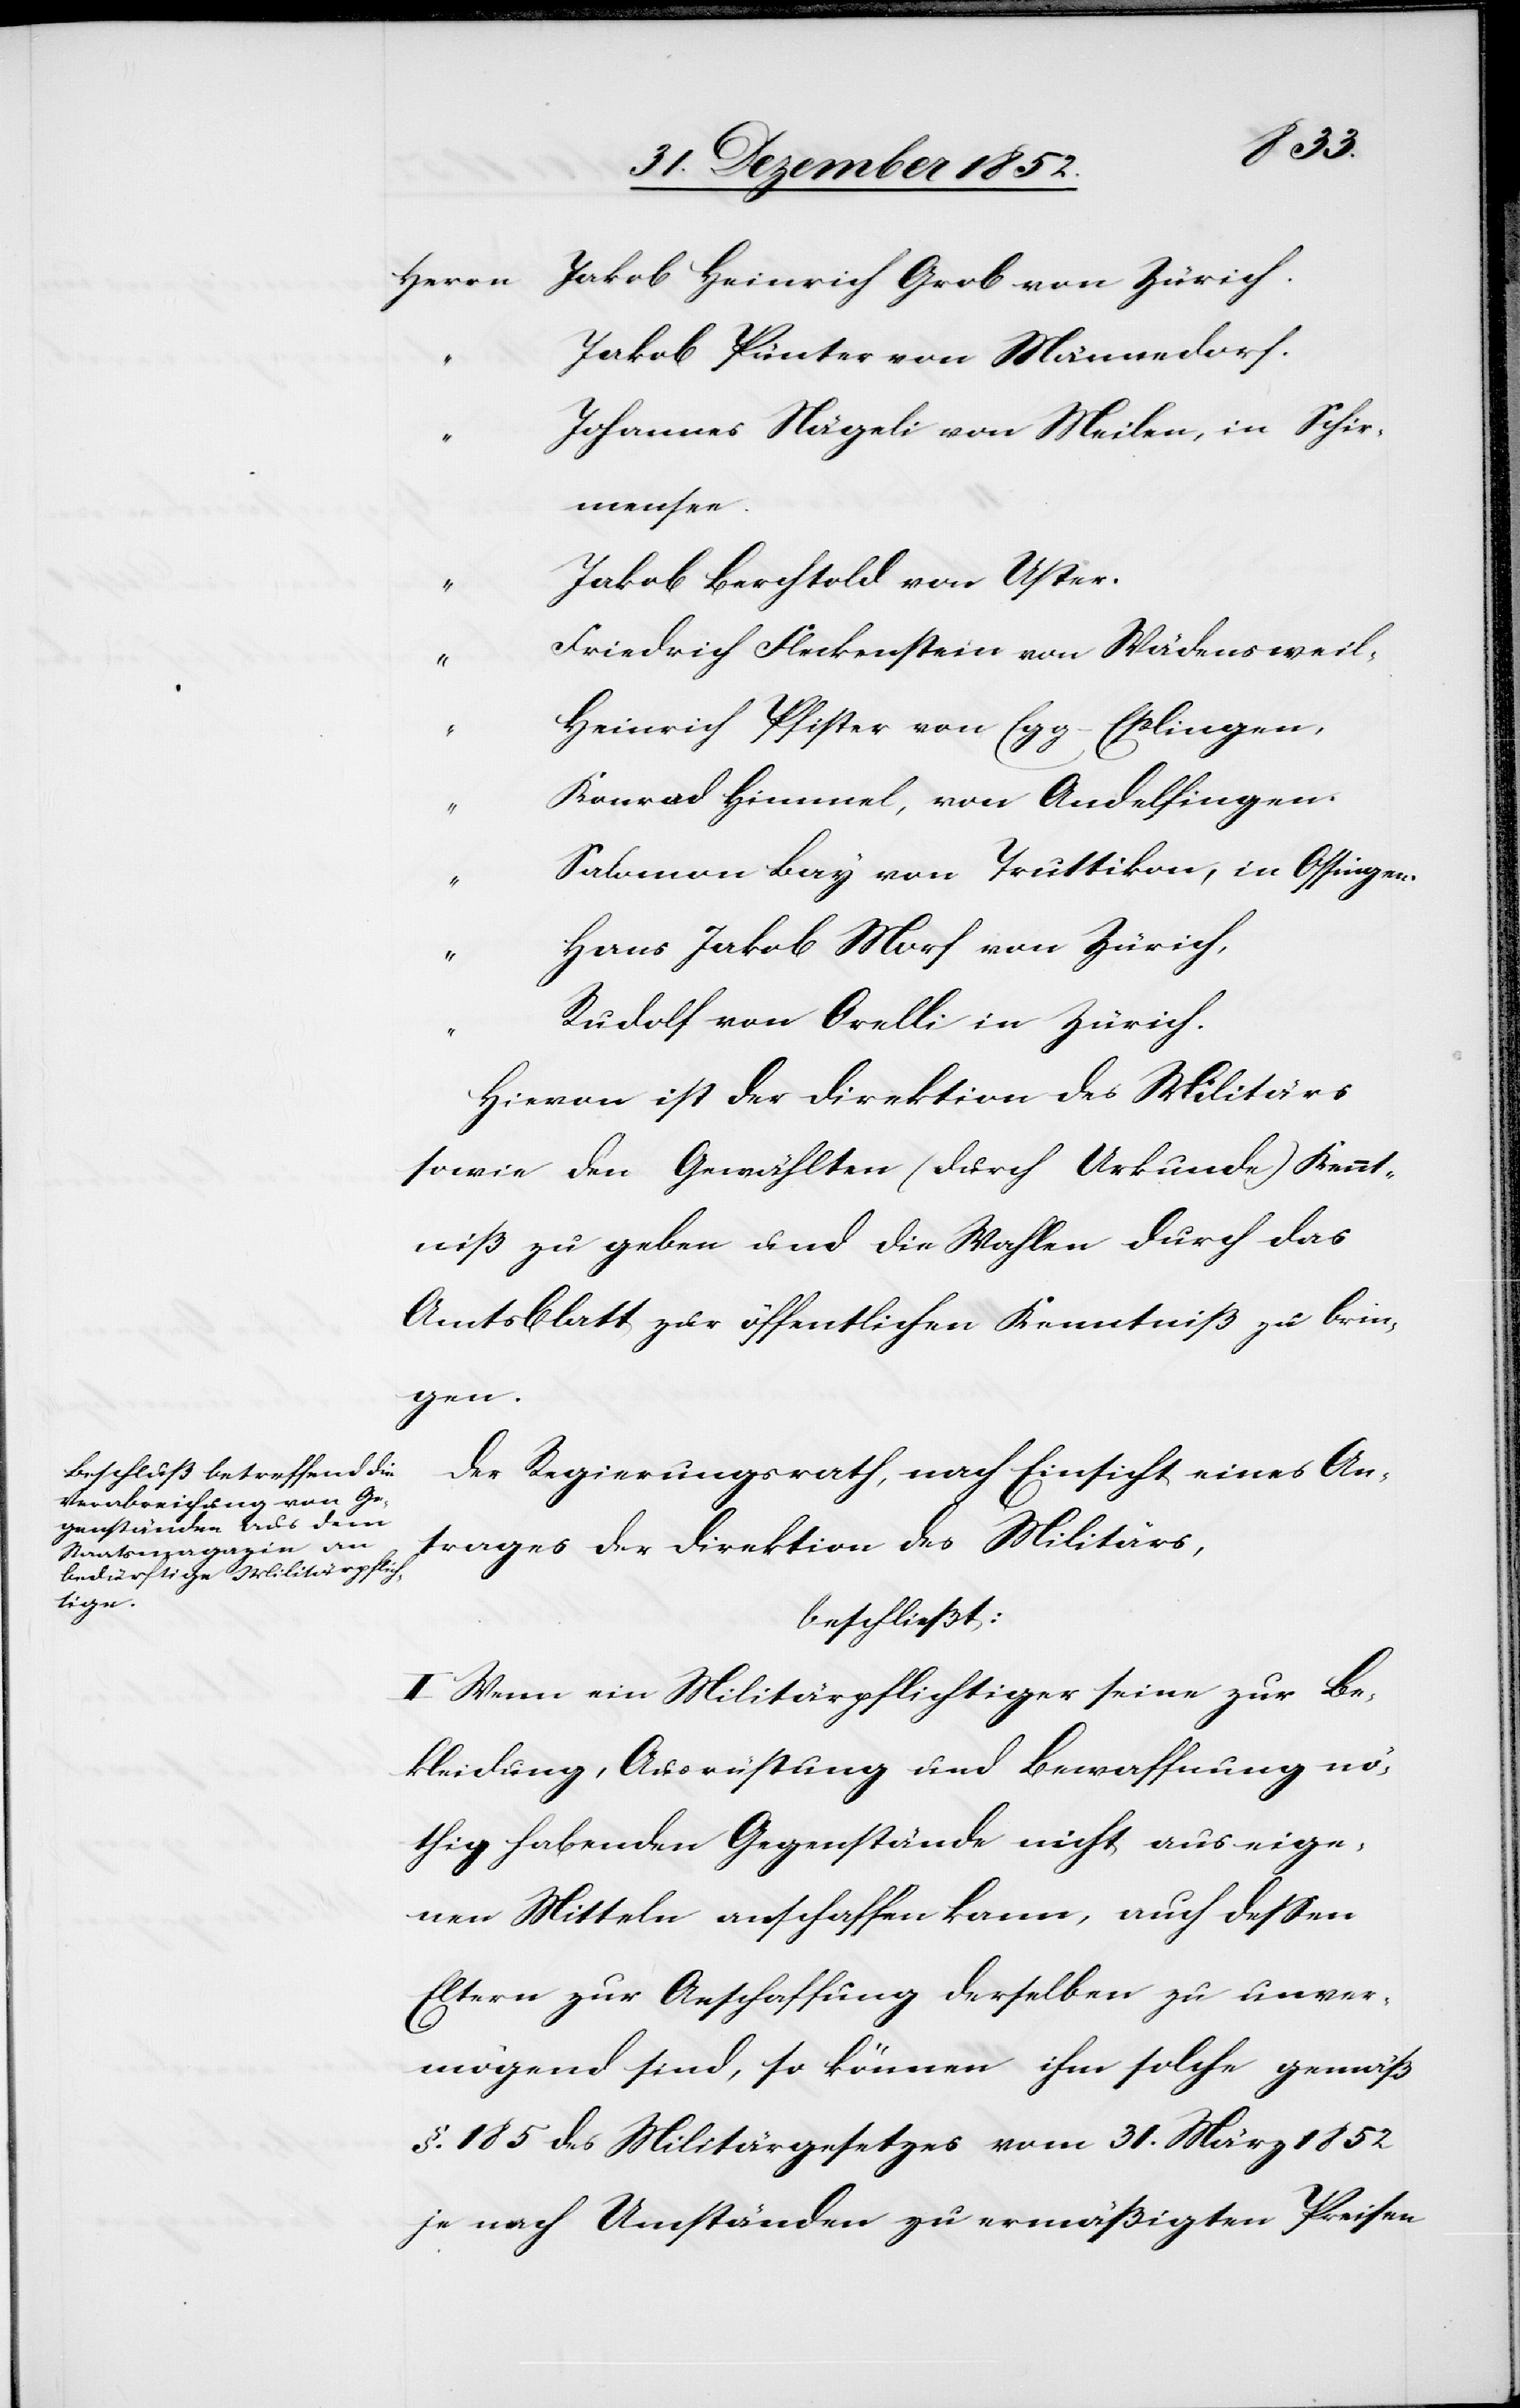
Zürich.
Jakob Pünter von Männedorf.
Johannes Nägeli von Meilen, in Schir¬
mensee.
Jakob Berchtold von Uster.
Friedrich Fleckenstein von Wädensweil,
Heinrich Pfister von Egg-Eßlingen,
Konrad Himmel, von Andelfingen.
Salomon Bay von Truttikon, in Ossingen.
Hans Jakob Morf von Zürich,
Rudolf von Orelli in Zürich.
Hievon ist der Direktion des Militärs
sowie den Gewählten (durch Urkunde) Kennt¬
niß zu geben und die Wahlen durch das
Amtsblatt zur öffentlichen Kenntniß zu brin¬
gen.
Der Regierungsrath, nach Einsicht eines An¬
trages der Direktion des Militärs,
beschließt:
I Wenn ein Militärpflichtiger seine zur Be¬
kleidung, Ausrüstung und Bewaffnung nö¬
thig habenden Gegenstände nicht aus eige¬
nen Mitteln anschaffen kann, auch dessen
Eltern zur Anschaffung derselben zu unver¬
mögend sind, so können ihm solche gemäß
§. 185 des Militärgesetzes vom 31. März 1852
je nach Umständen zu ermäßigten Preisen